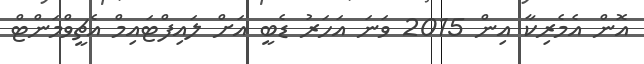
އޮން އެމެރިކާ އިން 2015 ވަނަ އަހަރު ޑެބީ އަށް ލައިފްޓައިމް އެޗީވްމަންޓް